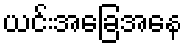
ယင်းအခြေအနေ